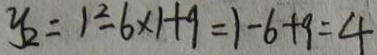
y _ { 2 } = 1 ^ { 2 } - 6 \times 1 + 9 = 1 - 6 + 9 = 4